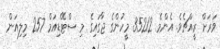
ވަރަށް ރީއްޗެވެ. އެންމެ 35212 މީހުންގެ ޖާގައިގެ މި ސްޓޭޑިއަމް 257 މިލިއަން